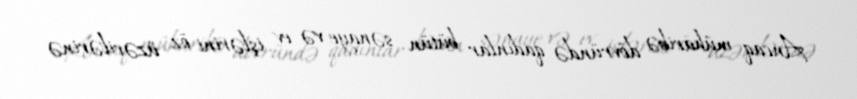
Ancaq müharibə dövründə qadınlar bütün sənaye və ev işlərini öz üzərilərinə